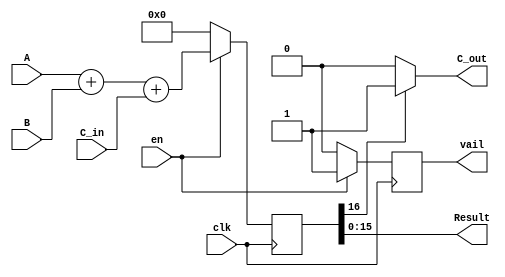
`timescale 1ns / 1ps
module adderSub
(
    input clk,
    
	input [15:0]A,
	input [15:0]B,
    input en,
	input C_in,
    
    output reg vail,
	output [15:0] Result,
	output  C_out
);

reg [16:0] result_buf;

assign C_out = result_buf[16] ? 1:0;
assign Result = result_buf[15:0];

always@(posedge clk) begin
    if(en) begin
        result_buf <= A + B + C_in;  
        vail <= 1'b1;
    end
    else begin
        vail <= 1'b0;
        result_buf <= 17'd0;
    end
end




endmodule